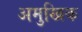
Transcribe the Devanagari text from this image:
अमुखिक